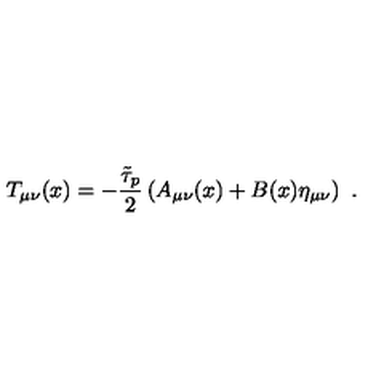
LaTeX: T _ { \mu \nu } ( x ) = - \frac { \tilde { \tau } _ { p } } { 2 } \left( A _ { \mu \nu } ( x ) + B ( x ) \eta _ { \mu \nu } \right) \ .